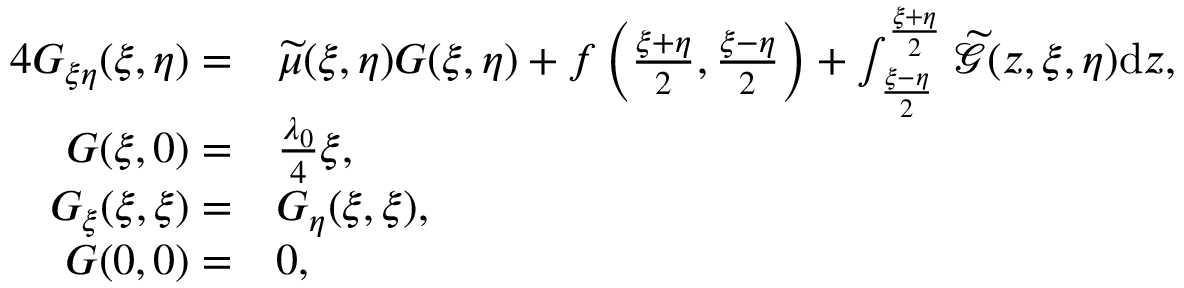
\begin{array} { r l } { 4 G _ { \xi \eta } ( \xi , \eta ) = } & { { \widetilde { \mu } ( \xi , \eta ) } G ( \xi , \eta ) + f \left( \frac { \xi + \eta } { 2 } , \frac { \xi - \eta } { 2 } \right) + \int _ { \frac { \xi - \eta } { 2 } } ^ { \frac { \xi + \eta } { 2 } } \widetilde { \mathcal { G } } ( z , \xi , \eta ) \mathrm { d } z , } \\ { G ( \xi , 0 ) = } & { { \frac { \lambda _ { 0 } } { 4 } } \xi , } \\ { G _ { \xi } ( \xi , \xi ) = } & { G _ { \eta } ( \xi , \xi ) , } \\ { G ( 0 , 0 ) = } & { 0 , } \end{array}